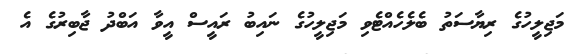
މަޖިލީހުގެ ރިޔާސަތު ބެލެހެއްޓެވި މަޖިލީހުގެ ނައިބު ރައީސް އީވާ އަބްދު ޖާބިރުގެ އެ